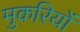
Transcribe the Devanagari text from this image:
मुकरियों